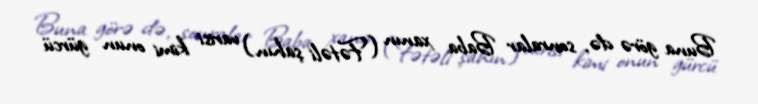
Buna görə də, sonralar Baba xanın (Fətəli şahın) varisi kimi onun gürcü